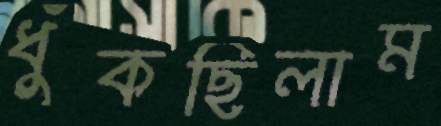
ধুঁকছিলাম